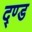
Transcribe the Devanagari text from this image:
द्ण्ड